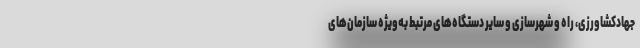
جهادکشاورزی، راه و شهرسازی و سایر دستگاه‌های مرتبط به‌ویژه سازمان‌های